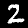
Digit: 2